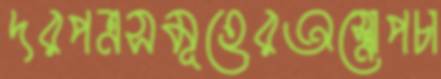
দরপত্রসমূহেরঅস্ত্রোপচা